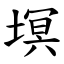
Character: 塓